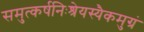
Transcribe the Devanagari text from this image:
समुत्कर्षनिःश्रेयस्यैकमुग्रं